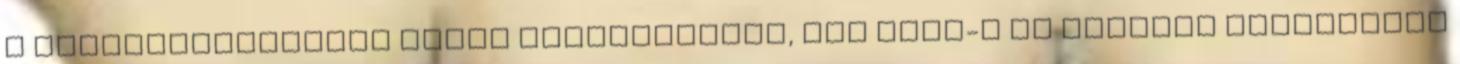
a fegyverhasználat mégis bekövetkezik, nem lesz-e ez negatív kihatással